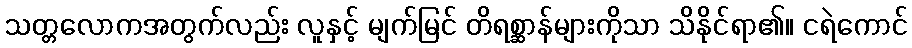
သတ္တလောကအတွက်လည်း လူနှင့် မျက်မြင် တိရစ္ဆာန်များကိုသာ သိနိုင်ရာ၏။ ငရဲကောင်